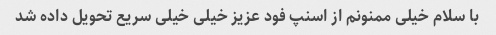
با سلام خیلی ممنونم از اسنپ فود عزیز خیلی خیلی سریع تحویل داده شد